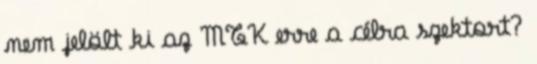
nem jelölt ki az MTK erre a célra szektort?